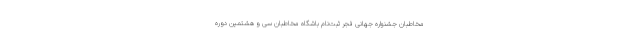
مخاطبان جشنواره جهانی فجر ثبت‌نام باشگاه مخاطبان سی‌ و هشتمین دوره